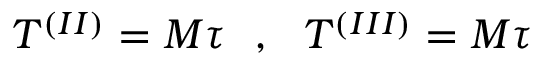
T ^ { ( I I ) } = M \tau ~ ~ , ~ ~ T ^ { ( I I I ) } = M \tau